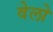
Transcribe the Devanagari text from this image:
वेलो